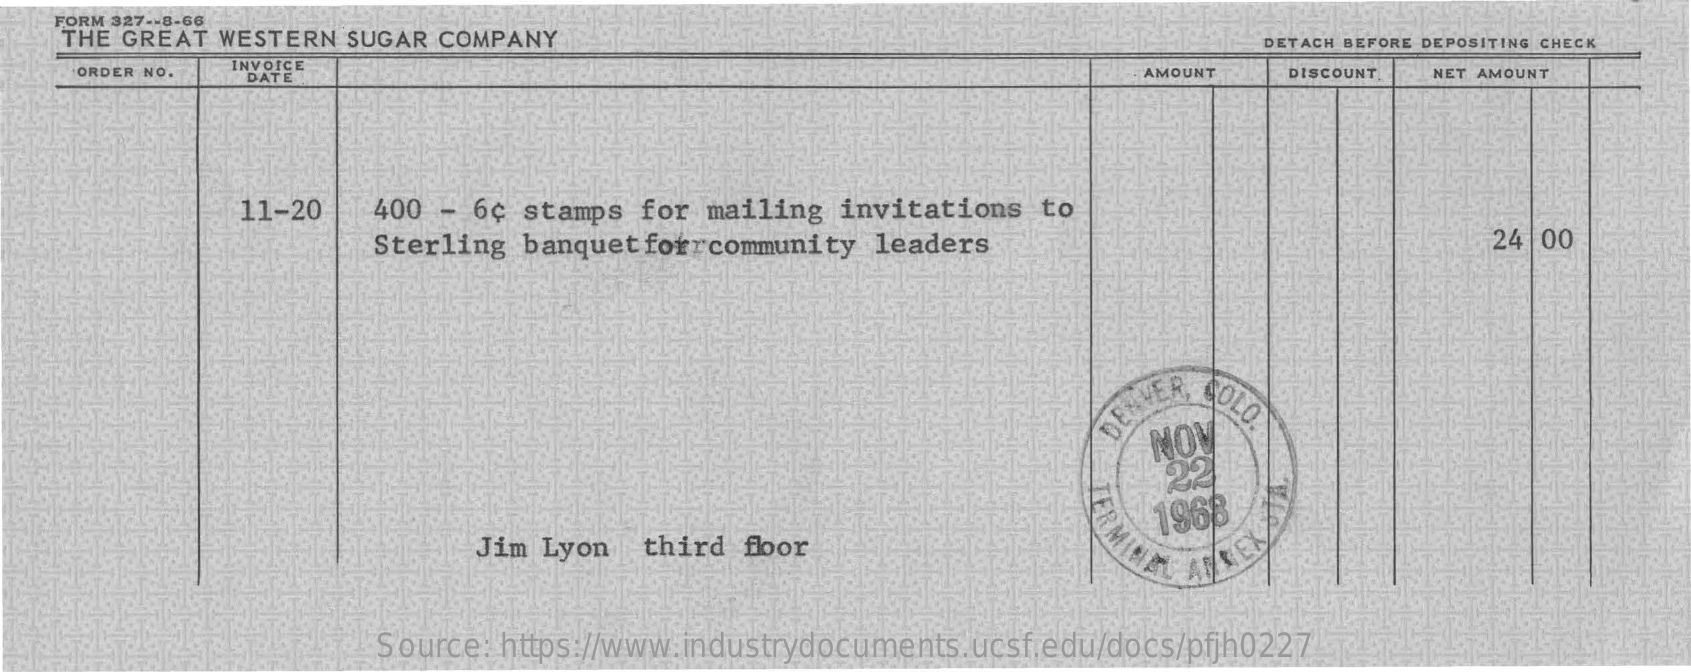
FORM 327 -- 8-66
    THE GREAT WESTERN SUGAR COMPANY    DETACH BEFORE DEPOSITING CHECK
     ORDER NO.
     INVOICE
     DATE    AMOUNT    DISCOUNT. NET AMOUNT
     11-20    400 - 6¢ stamps for  mailing invitations  to
     Sterling banquet forrcommunity leaders    24 00
     SOLO DENVER
     NOV
     1968
     Jim Lyon   third for    TEX
     Source: https://www.industrydocuments.ucsf.edu/docs/pfjh0227